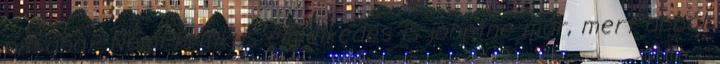
pitsába? Némi kritikus elmélkedés is jöhetne már, mert abból